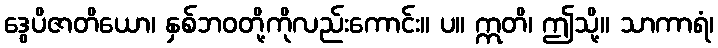
ဒွေပိဇာတိယော၊ နှစ်ဘဝတို့ကိုလည်းကောင်း။ ပ။ ဣတိ၊ ဤသို့။ သာကာရံ၊